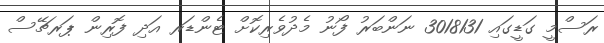
ރަސްމީ ގަޑީގައި 3018131 ނަންބަރު ފޯނު މެދުވެރިކޮށް ޓެންޑަރ އަދި ފޮރިން ޕަރޗޭސް